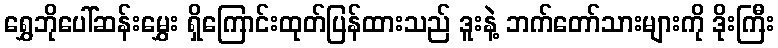
ရွှေဘိုပေါ်ဆန်းမွှေး ရှိကြောင်းထုတ်ပြန်ထားသည် ဒူးနဲ့ ဘက်တော်သားများကို ဒိုးကြီး